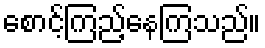
စောင့်ကြည့်နေကြသည်။